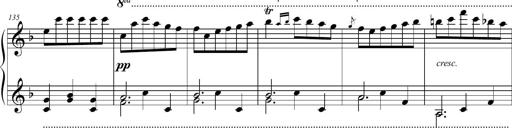
Title: 2 Sonatines faciles et brillantes pour le piano-forte seul
Composer: Carl Czerny